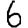
Digit: 6